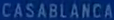
CASABLANCA